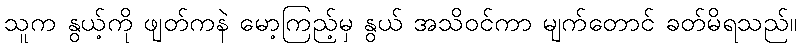
သူက နွယ့်ကို ဖျတ်ကနဲ မော့ကြည့်မှ နွယ် အသိဝင်ကာ မျက်တောင် ခတ်မိရသည်။